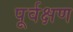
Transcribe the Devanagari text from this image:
पूर्वक्षण